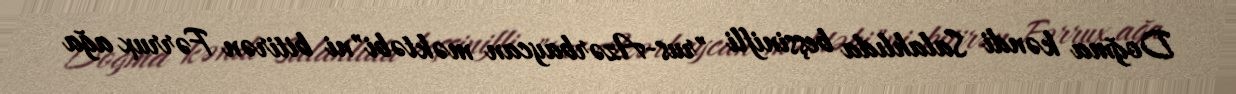
Doğma kəndi Salahlıda beşsinifli "rus-Azərbaycan məktəbi"ni bitirən Fərrux ağa